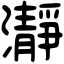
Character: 瀞